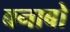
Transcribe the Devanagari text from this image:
बनाबो